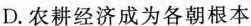
D.农耕经济成为各朝根本